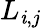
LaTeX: L_{\mathit{i},j}